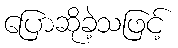
ပြောဆိုခဲ့သဖြင့်